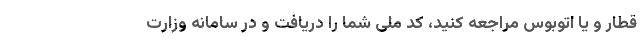
قطار و یا اتوبوس مراجعه کنید، کد ملی شما را دریافت و در سامانه وزارت